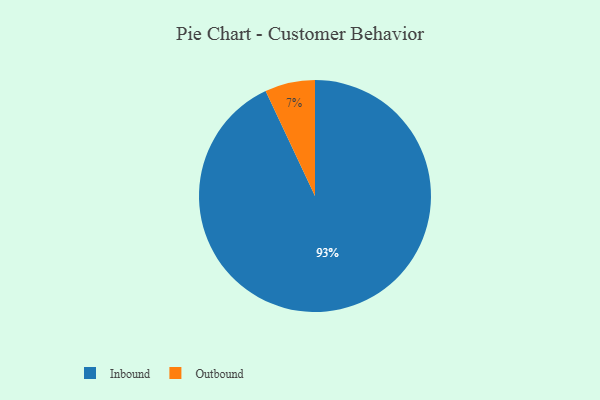
{"axis": {"x": "Category", "y": "Percentage"}, "legend": ["Inbound", "Outbound"], "data": [{"x": "Inbound", "y": 93, "type": "Inbound"}, {"x": "Outbound", "y": 7, "type": "Outbound"}]}